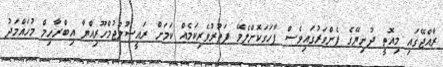
ރާއްޖޭގައި މިއޮތީ ދުނިޔޭގެ ފެންވަރުގައިވެސް ފާހަގަކޮށްލެވޭ ފަތުރުވެރިކަމެއް ކަމަށް ރައީސުލްޖުމްހޫރިއްޔާ އިބްރާހިމް މުހައްމަދު